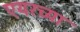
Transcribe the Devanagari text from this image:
एयरच्या